画像に写った文字を読んでください
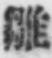
「雛」と書いてあります